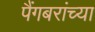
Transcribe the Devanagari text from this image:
पैंगबरांच्या